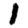
Digit: 1